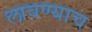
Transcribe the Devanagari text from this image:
लावण्याच